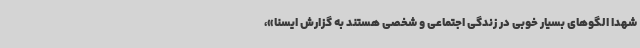
شهدا الگوهای بسیار خوبی در زندگی اجتماعی و شخصی هستند به گزارش ایسنا»،